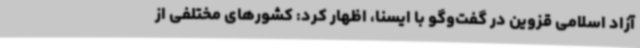
آزاد اسلامی قزوین در گفت‌وگو با ایسنا، اظهار کرد: کشورهای مختلفی از